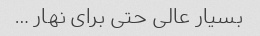
بسیار عالی حتی برای نهار …